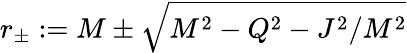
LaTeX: r_{\pm}:=M\pm{\sqrt{M^{2}-Q^{2}-J^{2}/M^{2}}}